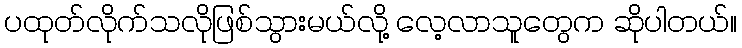
ပထုတ်လိုက်သလိုဖြစ်သွားမယ်လို့ လေ့လာသူတွေက ဆိုပါတယ်။